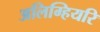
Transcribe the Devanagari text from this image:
अलिग्हियरि